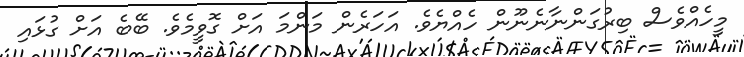
މީހެއްވެސް ބިރުގަންނާނެނޫން ހެއްޔެވެ. އަހަރެން މަންމަ އަށް ގޮވީމެވެ. ބޭބެ އަށް ގުޅައި